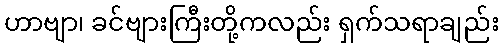
ဟာဗျာ၊ ခင်ဗျားကြီးတို့ကလည်း ရှက်သရာချည်း